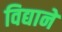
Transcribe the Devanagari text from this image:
विद्याने